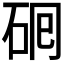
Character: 𬒅